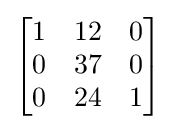
{\begin{bmatrix}1&12&0\\0&37&0\\0&24&1\end{bmatrix}}